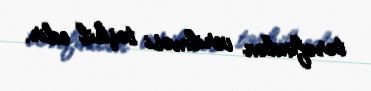
tərəfindən verilməsi təşkil edir.